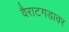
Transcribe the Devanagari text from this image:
वैराटगडावर